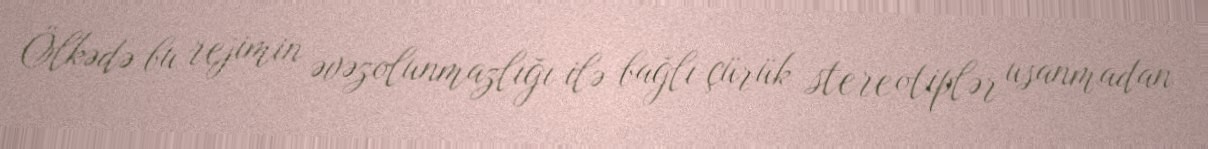
Ölkədə bu rejimin əvəzolunmazlığı ilə bağlı çürük stereotiplər usanmadan